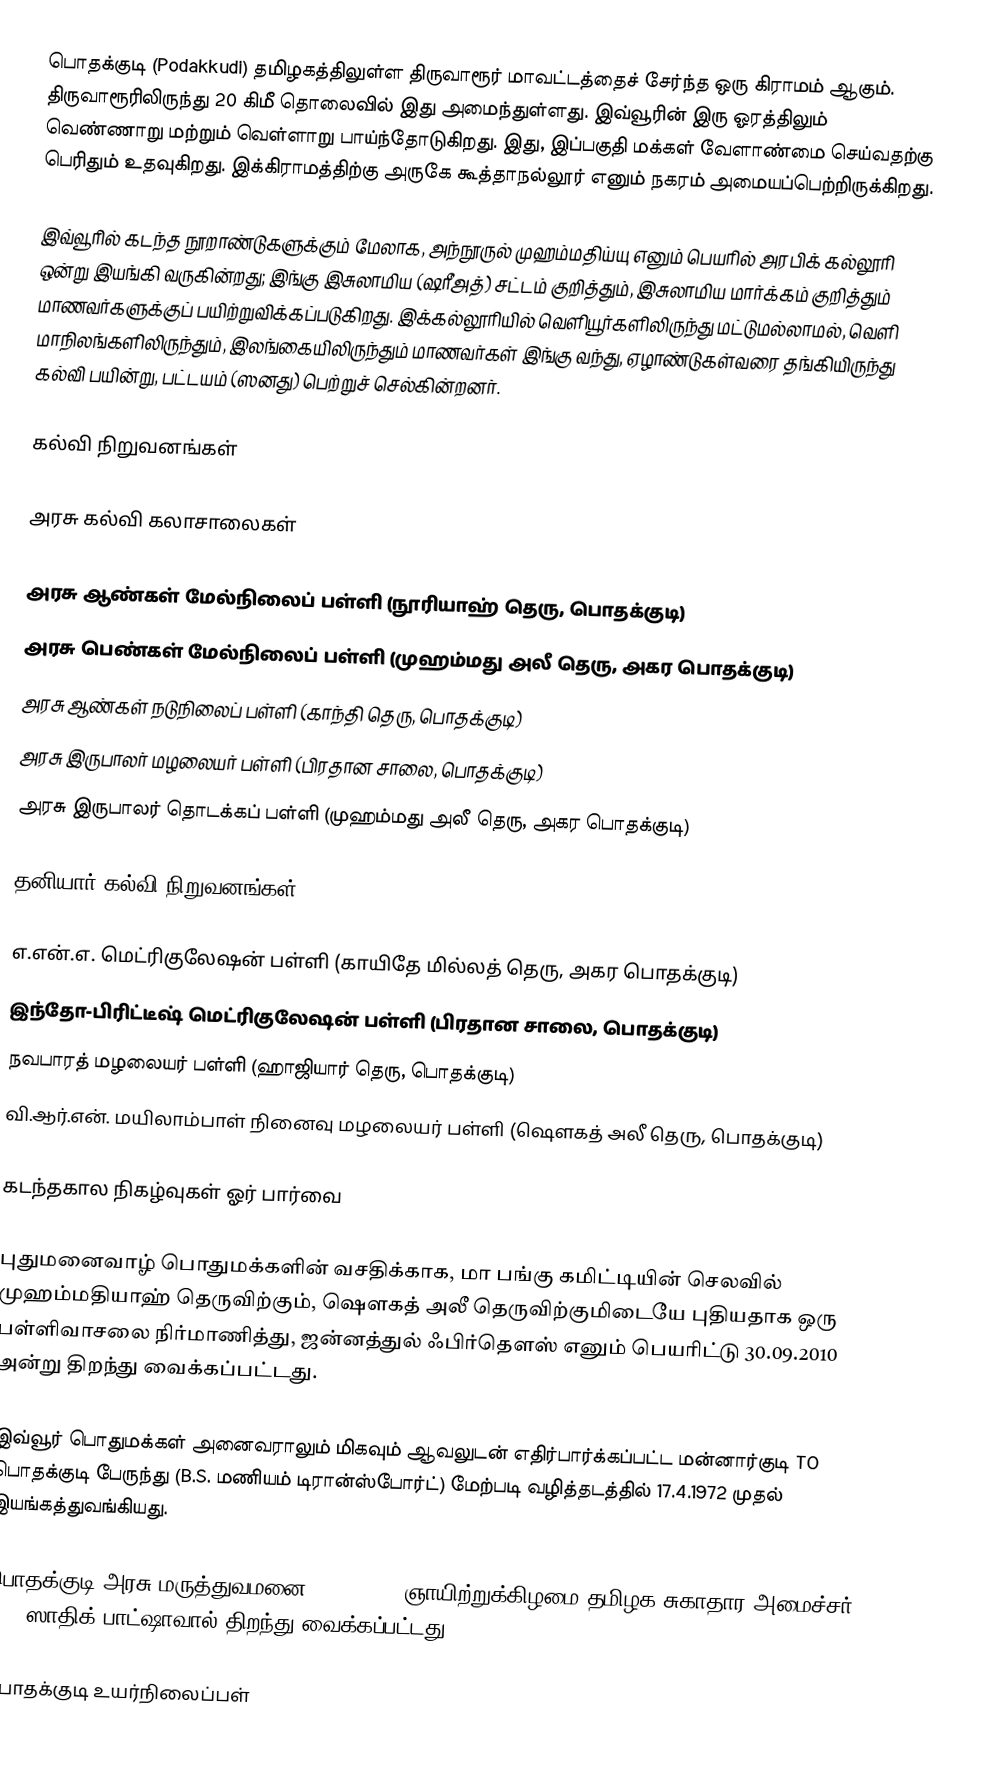
பொதக்குடி (Podakkudi) தமிழகத்திலுள்ள திருவாரூர் மாவட்டத்தைச் சேர்ந்த ஒரு கிராமம் ஆகும். திருவாரூரிலிருந்து 20 கிமீ தொலைவில் இது அமைந்துள்ளது. இவ்வூரின் இரு ஓரத்திலும் வெண்ணாறு மற்றும் வெள்ளாறு பாய்ந்தோடுகிறது. இது, இப்பகுதி மக்கள் வேளாண்மை செய்வதற்கு பெரிதும் உதவுகிறது. இக்கிராமத்திற்கு அருகே கூத்தாநல்லூர் எனும் நகரம் அமையப்பெற்றிருக்கிறது.

இவ்வூரில் கடந்த நூறாண்டுகளுக்கும் மேலாக, அந்நூருல் முஹம்மதிய்யு எனும் பெயரில் அரபிக் கல்லூரி ஒன்று இயங்கி வருகின்றது; இங்கு இசுலாமிய (ஷரீஅத்) சட்டம் குறித்தும், இசுலாமிய மார்க்கம் குறித்தும் மாணவர்களுக்குப் பயிற்றுவிக்கப்படுகிறது. இக்கல்லூரியில் வெளியூர்களிலிருந்து மட்டுமல்லாமல், வெளி மாநிலங்களிலிருந்தும், இலங்கையிலிருந்தும் மாணவர்கள் இங்கு வந்து, ஏழாண்டுகள்வரை தங்கியிருந்து கல்வி பயின்று, பட்டயம் (ஸனது) பெற்றுச் செல்கின்றனர்.

கல்வி நிறுவனங்கள்

அரசு கல்வி கலாசாலைகள்

 அரசு ஆண்கள் மேல்நிலைப் பள்ளி (நூரியாஹ் தெரு, பொதக்குடி)
 அரசு பெண்கள் மேல்நிலைப் பள்ளி (முஹம்மது அலீ தெரு, அகர பொதக்குடி)
 அரசு ஆண்கள் நடுநிலைப் பள்ளி (காந்தி தெரு, பொதக்குடி)
 அரசு இருபாலர் மழலையர் பள்ளி (பிரதான சாலை, பொதக்குடி)
 அரசு இருபாலர் தொடக்கப் பள்ளி (முஹம்மது அலீ தெரு, அகர பொதக்குடி)

தனியார் கல்வி நிறுவனங்கள்

 எ.என்.எ. மெட்ரிகுலேஷன் பள்ளி (காயிதே மில்லத் தெரு, அகர பொதக்குடி)
 இந்தோ-பிரிட்டீஷ் மெட்ரிகுலேஷன் பள்ளி (பிரதான சாலை, பொதக்குடி)
 நவபாரத் மழலையர் பள்ளி (ஹாஜியார் தெரு, பொதக்குடி)
 வி.ஆர்.என். மயிலாம்பாள் நினைவு மழலையர் பள்ளி (ஷௌகத் அலீ தெரு, பொதக்குடி)

கடந்தகால நிகழ்வுகள் ஓர் பார்வை

புதுமனைவாழ் பொதுமக்களின் வசதிக்காக, மா பங்கு கமிட்டியின் செலவில் முஹம்மதியாஹ் தெருவிற்கும், ஷௌகத் அலீ தெருவிற்குமிடையே புதியதாக ஒரு பள்ளிவாசலை நிர்மாணித்து, ஜன்னத்துல் ஃபிர்தௌஸ் எனும் பெயரிட்டு 30.09.2010 அன்று திறந்து வைக்கப்பட்டது.

இவ்வூர் பொதுமக்கள் அனைவராலும் மிகவும் ஆவலுடன் எதிர்பார்க்கப்பட்ட மன்னார்குடி TO பொதக்குடி பேருந்து (B.S. மணியம் டிரான்ஸ்போர்ட்) மேற்படி வழித்தடத்தில் 17.4.1972 முதல் இயங்கத்துவங்கியது.

பொதக்குடி அரசு மருத்துவமனை 31.12.1967 ஞாயிற்றுக்கிழமை தமிழக சுகாதார அமைச்சர் S.J. ஸாதிக் பாட்ஷாவால் திறந்து வைக்கப்பட்டது.

பொதக்குடி உயர்நிலைப்பள்